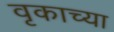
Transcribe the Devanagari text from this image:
वृकाच्या